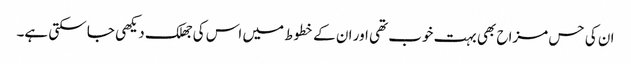
ان کی حس مزاح بھی بہت خوب تھی اور ان کے خطوط میں اس کی جھلک دیکھی جا سکتی ہے۔